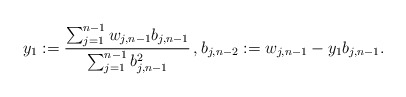
\begin{align*}y_1:=\frac{\sum_{j=1}^{n-1} w_{j,n-1}b_{j,n-1}}{\sum_{j=1}^{n-1} b_{j,n-1}^2}\,, b_{j,n-2}:=w_{j,n-1}-y_1b_{j,n-1}.\end{align*}